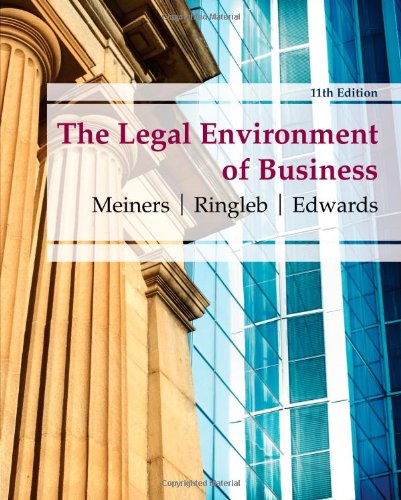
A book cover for The Legal Environment of Business, 11th Edition; Roger E. Meiners; Law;